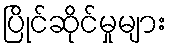
ပြိုင်ဆိုင်မှုများ